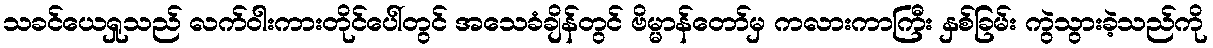
သခင်ယေရှုသည် လက်ဝါးကားတိုင်ပေါ်တွင် အသေခံချိန်တွင် ဗိမ္မာန်တော်မှ ကလားကာကြီး နှစ်ခြမ်း ကွဲသွားခဲ့သည်ကို